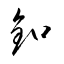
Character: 釦